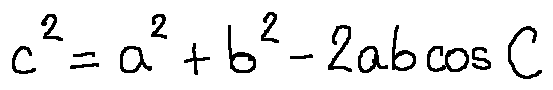
c ^ { 2 } = a ^ { 2 } + b ^ { 2 } - 2 a b \cos C